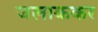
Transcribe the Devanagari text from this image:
जलाककर